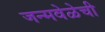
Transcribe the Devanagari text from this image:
जन्मवेळेची